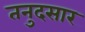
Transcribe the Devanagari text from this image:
तनुदसार